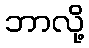
ဘာလို့